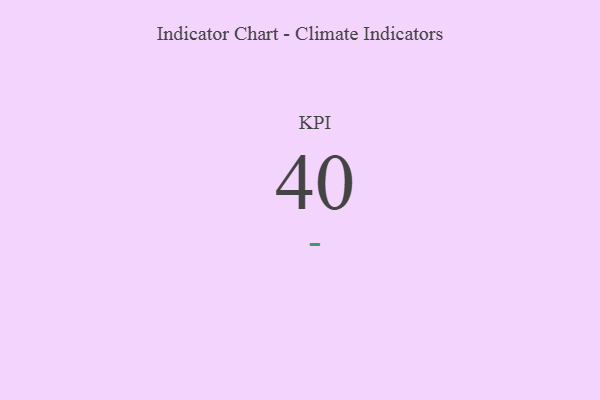
{"axis": {"x": "KPI", "y": "Value"}, "legend": [""], "data": [{"x": "KPI", "y": 40, "type": ""}]}